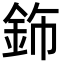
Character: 鉓